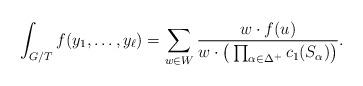
LaTeX: \begin{align*}\int_{G/T} f(y_1, \ldots, y_{\ell})= \sum_{w\in W} \frac{w\cdot f(u)}{w\cdot \big(\prod_{\alpha \in \Delta^+} c_1(S_{\alpha})\big)}.\end{align*}